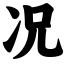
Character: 况